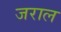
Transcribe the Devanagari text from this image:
जराल